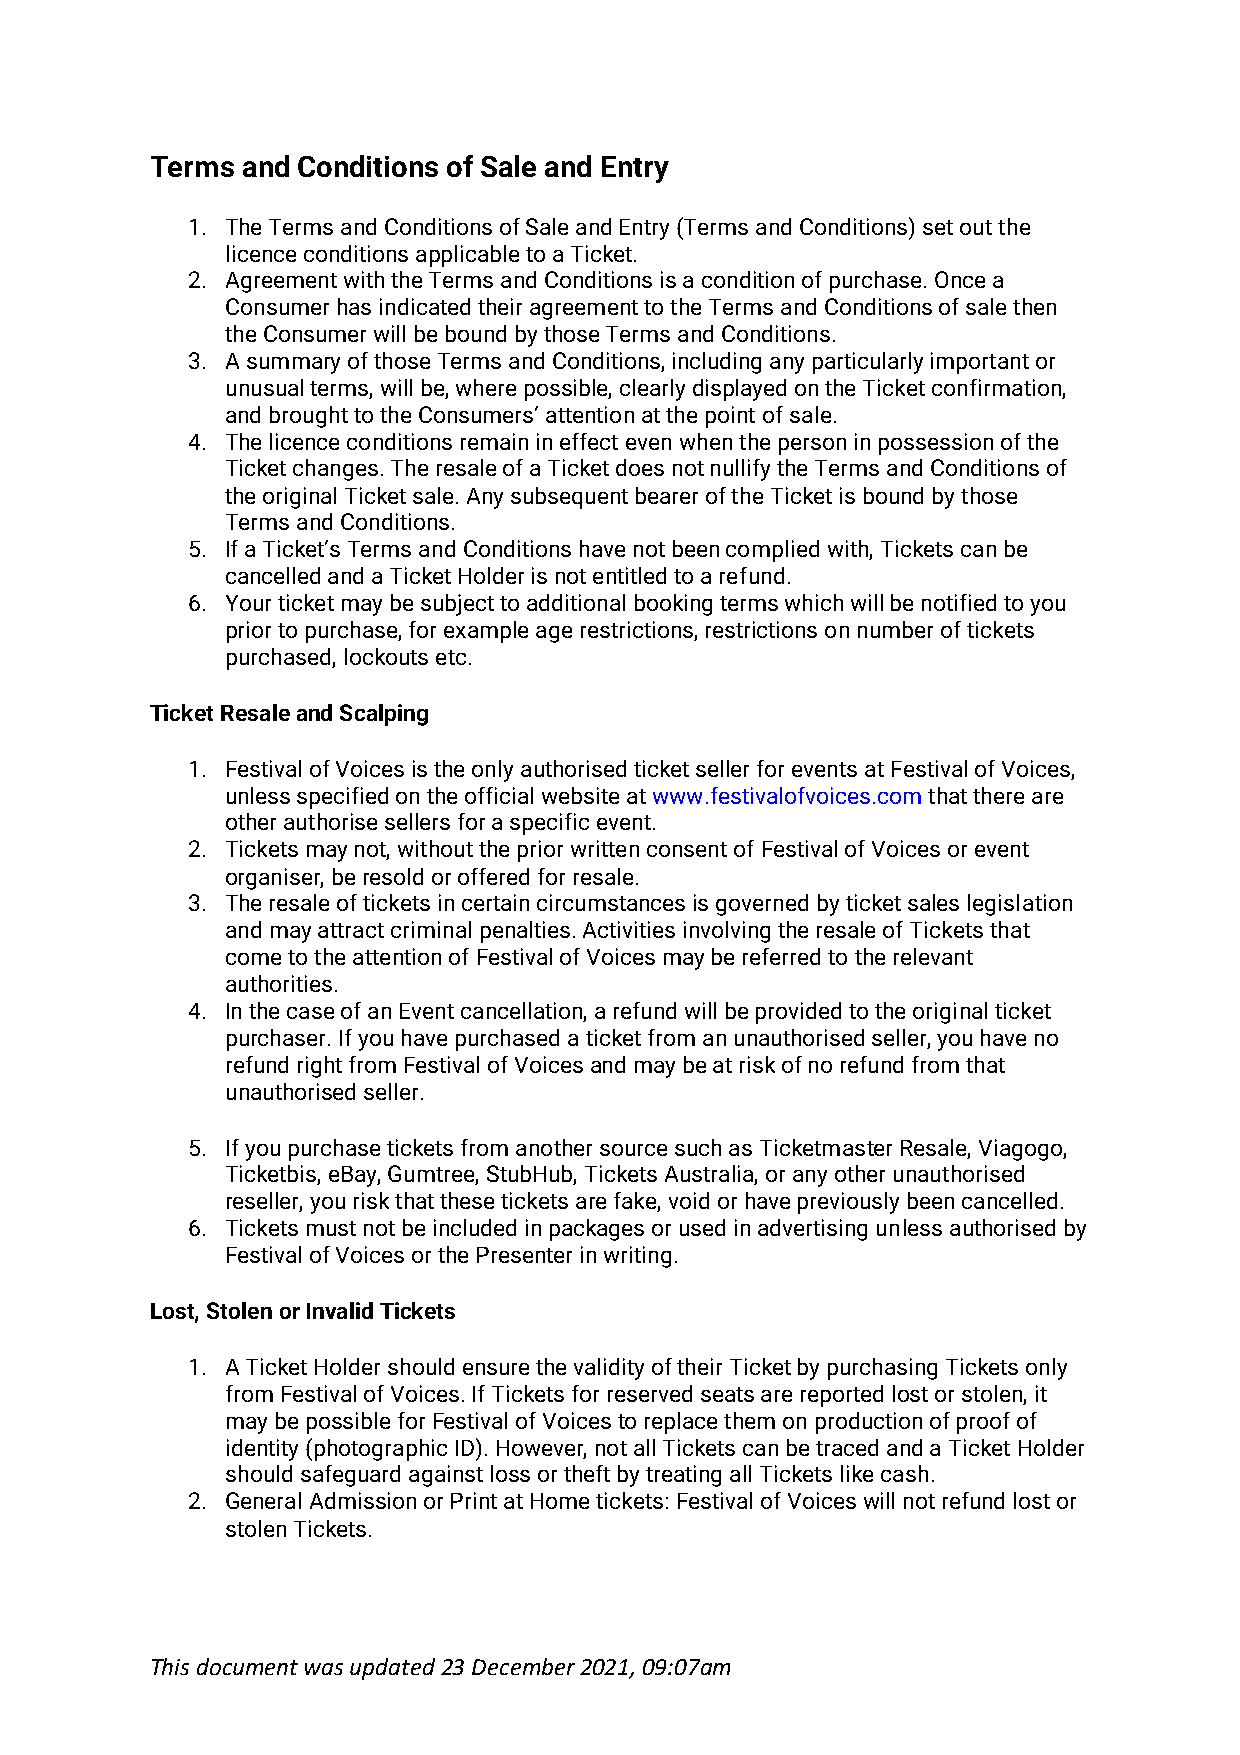
Terms and Conditions of Sale and Entry
 1. The Terms and Conditions of Sale and Entry (Terms and Conditions) set out the
 licence conditions applicable to a Ticket.
 2. Agreement with the Terms and Conditions is a condition of purchase. Once a
 Consumer has indicated their agreement to the Terms and Conditions of sale then
 the Consumer will be bound by those Terms and Conditions.
 3. A summary of those Terms and Conditions, including any particularly important or
 unusual terms, will be, where possible, clearly displayed on the Ticket confirmation,
 and brought to the Consumers’ attention at the point of sale.
 4. The licence conditions remain in effect even when the person in possession of the
 Ticket changes. The resale of a Ticket does not nullify the Terms and Conditions of
 the original Ticket sale. Any subsequent bearer of the Ticket is bound by those
 Terms and Conditions.
 5. If a Ticket’s Terms and Conditions have not been complied with, Tickets can be
 cancelled and a Ticket Holder is not entitled to a refund.
 6. Your ticket may be subject to additional booking terms which will be notified to you
 prior to purchase, for example age restrictions, restrictions on number of tickets
 purchased, lockouts etc.
 Ticket Resale and Scalping
 1. Festival of Voices is the only authorised ticket seller for events at Festival of Voices,
 unless specified on the official website at www.festivalofvoices.com that there are
 other authorise sellers for a specific event.
 2. Tickets may not, without the prior written consent of Festival of Voices or event
 organiser, be resold or offered for resale.
 3. The resale of tickets in certain circumstances is governed by ticket sales legislation
 and may attract criminal penalties. Activities involving the resale of Tickets that
 come to the attention of Festival of Voices may be referred to the relevant
 authorities.
 4. In the case of an Event cancellation, a refund will be provided to the original ticket
 purchaser. If you have purchased a ticket from an unauthorised seller, you have no
 refund right from Festival of Voices and may be at risk of no refund from that
 unauthorised seller.
 5. If you purchase tickets from another source such as Ticketmaster Resale, Viagogo,
 Ticketbis, eBay, Gumtree, StubHub, Tickets Australia, or any other unauthorised
 reseller, you risk that these tickets are fake, void or have previously been cancelled.
 6. Tickets must not be included in packages or used in advertising unless authorised by
 Festival of Voices or the Presenter in writing.
 Lost, Stolen or Invalid Tickets
 1. A Ticket Holder should ensure the validity of their Ticket by purchasing Tickets only
 from Festival of Voices. If Tickets for reserved seats are reported lost or stolen, it
 may be possible for Festival of Voices to replace them on production of proof of
 identity (photographic ID). However, not all Tickets can be traced and a Ticket Holder
 should safeguard against loss or theft by treating all Tickets like cash.
 2. General Admission or Print at Home tickets: Festival of Voices will not refund lost or
 stolen Tickets.
 This document was updated 23 December 2021, 09:07am